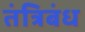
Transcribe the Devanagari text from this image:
तंत्रिबंध